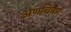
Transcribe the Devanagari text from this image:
अणचित्रण